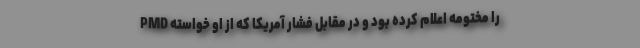
PMD را مختومه اعلام کرده بود و در مقابل فشار آمریکا که از او خواسته